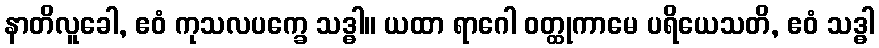
နာတိလူခေါ, ဧဝံ ကုသလပက္ခေ သဒ္ဓါ။ ယထာ ရာဂေါ ဝတ္ထုကာမေ ပရိယေသတိ, ဧဝံ သဒ္ဓါ